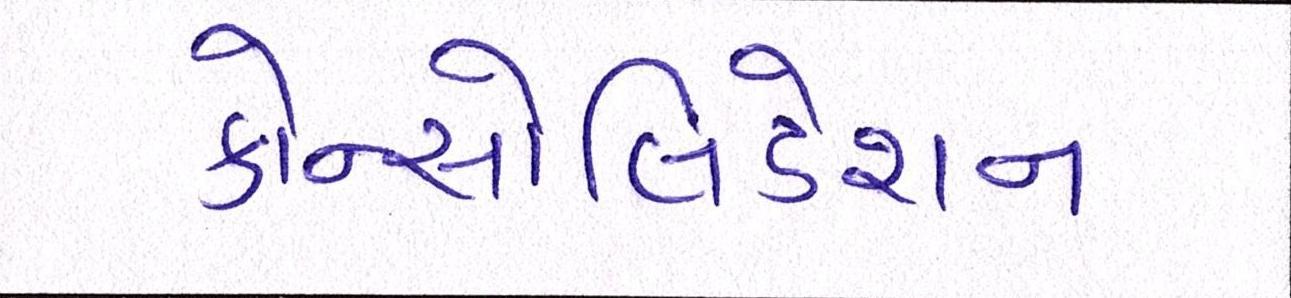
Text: કોન્સોલિડેશન